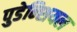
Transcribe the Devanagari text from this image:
पुडेन्शियल